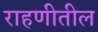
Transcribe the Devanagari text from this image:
राहणीतील